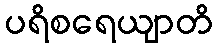
ပရိစရေယျာတိ